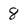
Character: 8